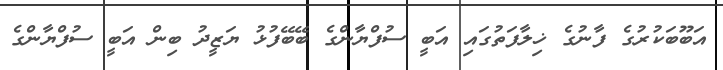
އަބޫބަކުރުގެ ފާނުގެ ޚިލާފަތުގައި އަބީ ސުފްޔާންގެ ބޭބޭފުޅު ޔަޒީދު ބިން އަބީ ސުފްޔާންގެ